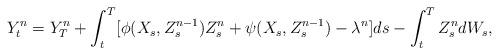
LaTeX: \begin{align*} Y^n_t = Y^n_T+\int_t^T[ \phi(X_s,Z^{n-1}_s)Z^n_s + \psi(X_s,Z^{n-1}_s)-\lambda^n] ds - \int_t^T Z^{n}_s dW_s,\end{align*}